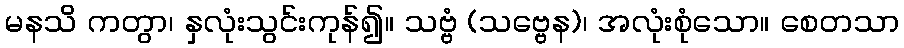
မနသိ ကတွာ၊ နှလုံးသွင်းကုန်၍။ သဗ္ဗံ (သဗ္ဗေန)၊ အလုံးစုံသော။ စေတသာ